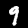
Label: 9